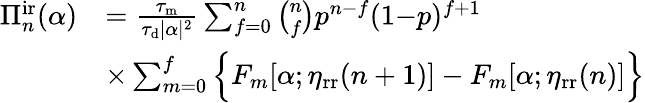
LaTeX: \begin{array}{rl}{\Pi_{n}^{\mathrm{ir}}(\alpha)}&{=\frac{\tau_{\mathrm{m}}}{\tau_{\mathrm{d}}|\alpha|^{2}}\sum_{f=0}^{n}\binom{n}{f}p^{n-f}(1{-}p)^{f+1}}\\ &{\times\sum_{m=0}^{f}\Big\{ F_{m}[\alpha;\eta_{\mathrm{rr}}(n+1)]-F_{m}[\alpha;\eta_{\mathrm{rr}}(n)]\Big\} }\end{array}